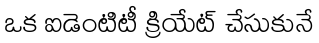
ఒక ఐడెంటిటీ క్రియేట్ చేసుకునే